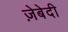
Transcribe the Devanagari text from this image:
ज़ेबेदी